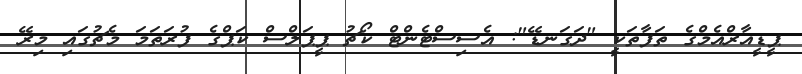
ޕީޑީއާރްއެމްގެ ތަފާތަކީ "ދަގަނޑޭ": އެސިސްޓެންޓް ކޯޗު ޕީޕަލްސް ކަޕްގެ ފުރަތަމަ މެޗުގައި މިރޭ